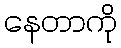
နေတာကို